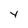
Character: y